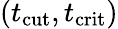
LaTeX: (t_{\mathrm{cut}},t_{\mathrm{crit}})